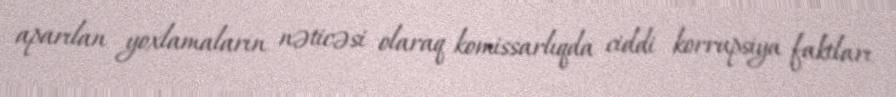
aparılan yoxlamaların nəticəsi olaraq komissarlıqda ciddi korrupsiya faktları